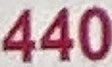
440